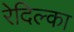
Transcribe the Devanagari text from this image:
रेदिल्का